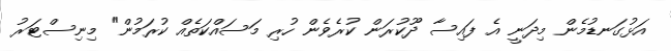
އަޅުގަނޑުމެން މިދަނީ އެ ފައިސާ ދޫކުރަން ކުރެވެން ހުރި މަސައްކަތެއް ކުރަމުން" މިނިސްޓަރު